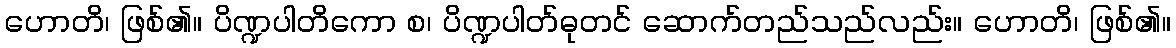
ဟောတိ၊ ဖြစ်၏။ ပိဏ္ဍပါတိကော စ၊ ပိဏ္ဍပါတ်ဓုတင် ဆောက်တည်သည်လည်း။ ဟောတိ၊ ဖြစ်၏။